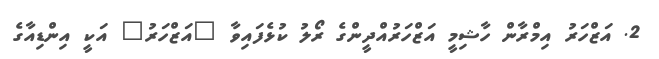
2. އަޒްހަރު އިމްރާން ހާޝިމީ އަޒްހަރުއްދީންގެ ރޯލު ކުޅެފައިވާ "އަޒްހަރު" އަކީ އިންޑިއާގެ